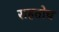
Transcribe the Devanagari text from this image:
राहतोच